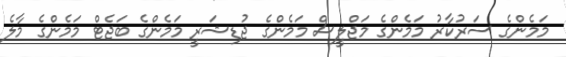
މަމެންގެ ސަރުކާރު މަމެންގެ މަޖްލީސް މަމެންގެ ޖުޑިޝަރީ މަމެންގެ ބަޖެޓް މަމެންގެ މާލެ